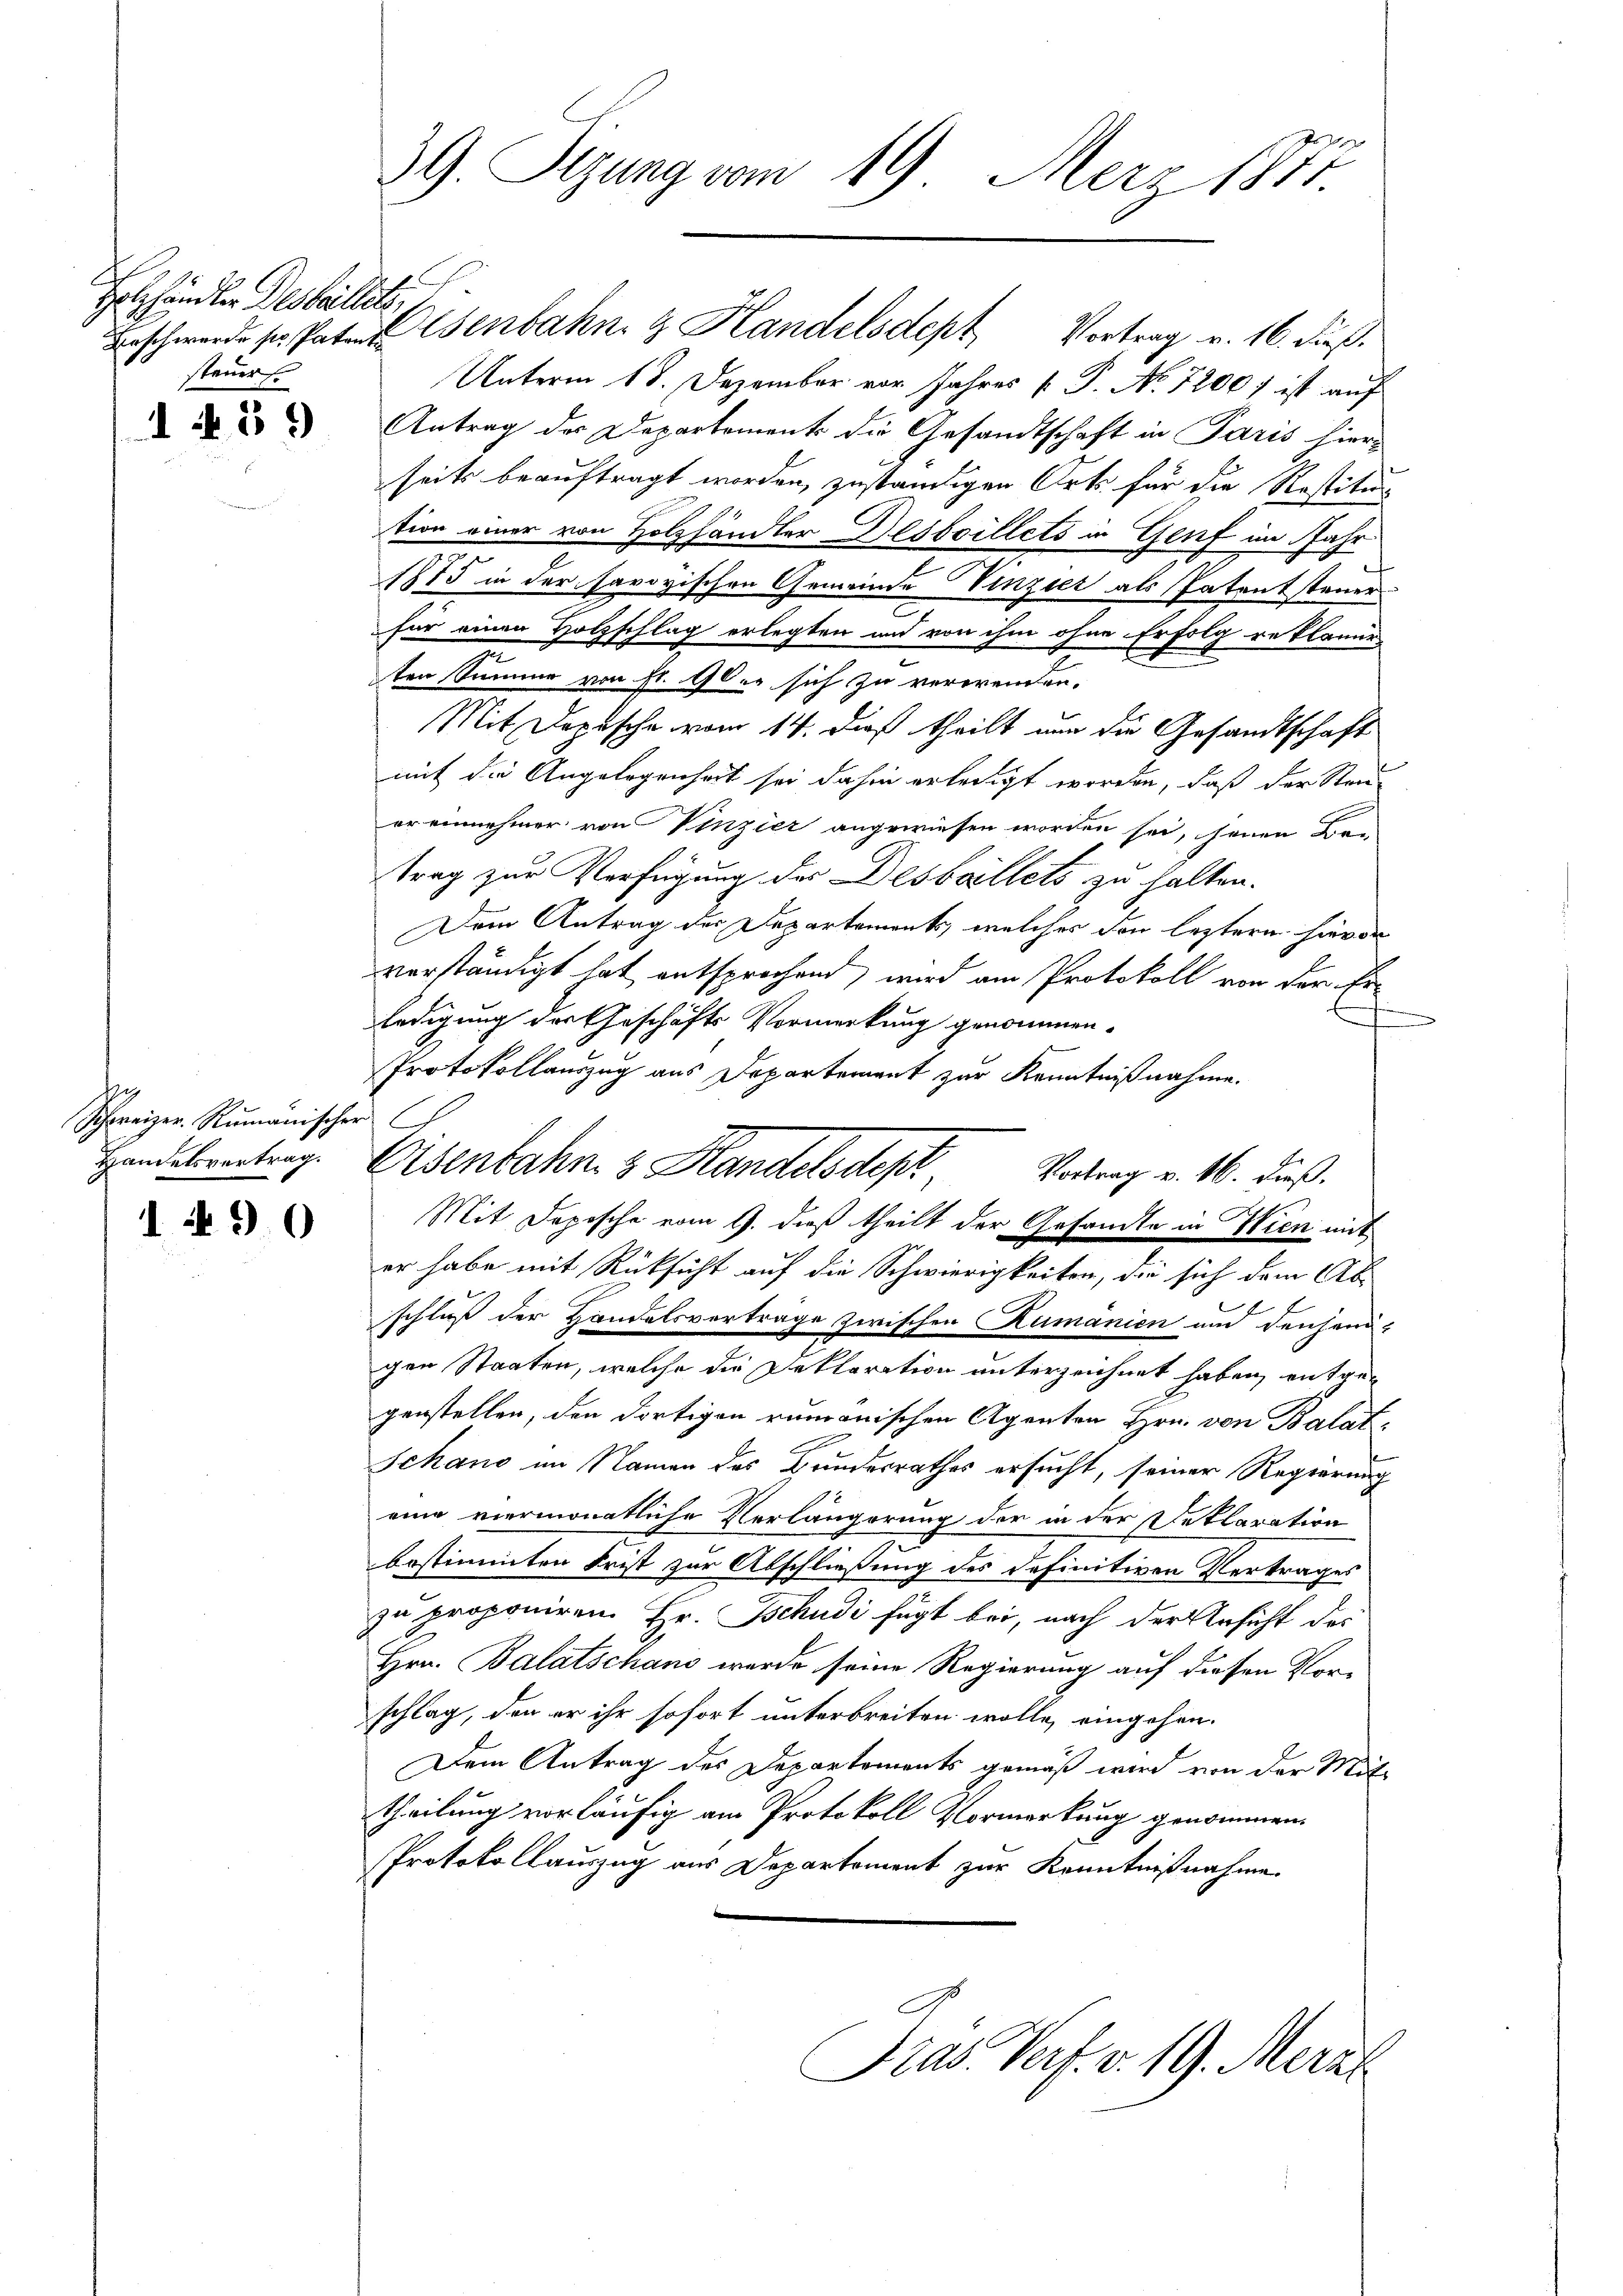
Holzhändler Desbillett
steuer

1 § 59

bo
Schweizer. Rumänischer
Handelsvertrag.

1490

39. Sezung vom 19. März 1877.

Beschwerde sie Patentenbahn- & Handelsdept Vortrag v. 16. dieß.
Unterm 18. Dezember vor Jahres P. P. No 72001 ist auf
Antrag des Departements die Gesandtschaft in Paris hierseits beauftragt worden, zuständigen Orts für die Restitur
tion einer von Holzhändler Desboillets in Genf im Jahr
1875 in der savoyischen Gemeinde Vinzier als Patentsteuer
für einen Holzschlag erlegten und von ihm ohne Erfolg reklamir
ten Sinner von fr. 9ber sich zu verorenden.
Mit Depesche vom 14. dieß theilt nun die Gesandtschaft
mit die Angelegenheit sei dahin erledigt worden, daß der Stand-
er einnehmer von Vinzier angewiesen worden sei, seien Bon
trag zur Verfügung der Desbaillets zu halten.
Dem Antrag der Departements, welches den leztern hievon
verständigt hat entsprochend, wird am Protokoll von der Erledigung der Geschäfts Vormerkung genommen.
Protokollauszug aus Departement zur Kenntnißnahme.
Eisenbahn. & Handelsdepr
Vortrag v. 16. dieß.
Mit Depesche vom 9. dieß theilt der Gesandte in Wien mit
er habe mit Rücksicht auf die Schwierigkeiten, die sich dem Abschluß der Handelsvertrage zwischen Kumanien und denjeni-
gen Staaten, welche die Deklaration unterzeichnet haben, entgegenstellen, den dortigen rumänischen Agenten Hrn. von Balat.
Schand im Namen des Bundesrathes ersucht, seiner Regierung
eine viermonatliche Verlängerung der in der Deklaration
bestimmten Frist zur Abschließung des definitiven Vertrages
zu proponiren. Hr. Tschudi fügt bei, nach der Ansicht des
Hrn. Balatschani wurde seine Regierung auf diesen Vor-
schlag, den er ihr sofort unterbreiten wolle, eingehen.
Dem Antrag des Departements gemäß wird von der Mit-
theilung vorläufig am Protokoll Vormerkung genommen.
Protokollauszug aus Departement zur Kenntnißnahme.

ras. Verf. v. 19. Merzt